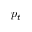
p _ { t }